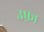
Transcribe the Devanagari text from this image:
उफ़ा